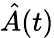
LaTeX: \hat{A}(t)